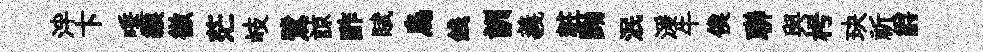
泮卞唾緱徹茫岐鷺諒酢賦烏銭訓義粧黝泯湲牛俟聨與枵玦祈爵